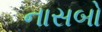
નાસબો